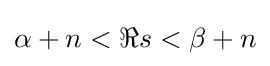
\alpha +n<\Re s<\beta +n